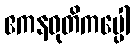
ဧကနဝုတိကပ္ပေါ